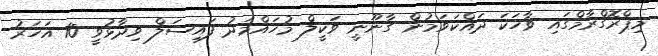
މިޕްރޮގްރާމްގައި ވާހަކަ ދައްކަވަމުން ގާނޫނީ ވަކީލް މުހައްމަދު ފައިސަލް ވިދާޅުވީ 10 އަހަރު